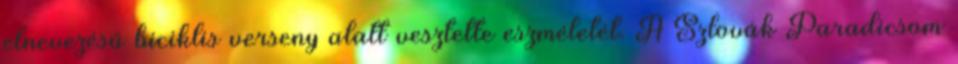
elnevezésű biciklis verseny alatt vesztette eszméletét. A Szlovák Paradicsom